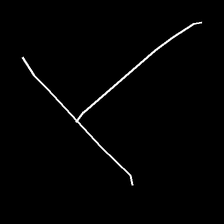
Glyph: column